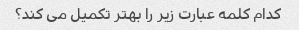
کدام کلمه عبارت زیر را بهتر تکمیل می کند؟